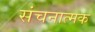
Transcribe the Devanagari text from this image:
संचनात्‍मक